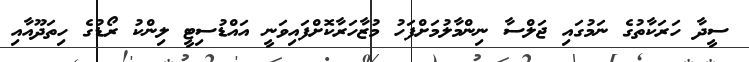
ސީދާ ހަރަކާތުގެ ނަމުގައި ޖަލްސާ ނިންމާލުމަށްފަހު މުޒާހަރާކޮށްފައިވަނީ އައްޑުސިޓީ ލިންކު ރޯޑުގެ ހިތަދޫއާއި